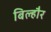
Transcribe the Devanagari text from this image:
बिल्‍हौर